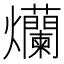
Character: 爤